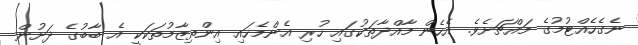
ނެގެހެއްޓުމުގެ މައްޗަށެވެ. އެހެން މާއްދާތަކުގައި ހުރި އެންމެހައި އިންތިޒާމުތަކަކީ އެ ބާބުގެ ދަށުން